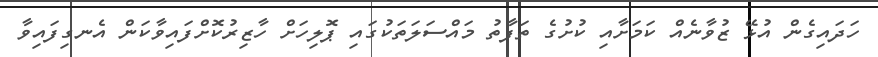
ހަދައިގެން އުޅޭ ޒުވާނެއް ކަމަށާއި ކުށުގެ ތަފާތު މައްސަލަތަކުގައި ޕޮލިހަށް ހާޒިރުކޮށްފައިވާކަން އެނގިފައިވާ